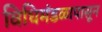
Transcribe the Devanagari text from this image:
विधिमंडळापासून